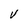
Character: V